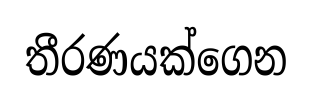
තීරණයක්ගෙන